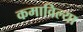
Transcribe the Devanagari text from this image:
कमाविल्या